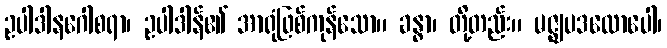
ဥပါဒါနဂေါစရာ၊ ဥပါဒါန်၏ အာရုံဖြစ်ကုန်သော။ ခန္ဓာ၊ တို့တည်း။ မဇ္ဈပဒလောပေါ၊